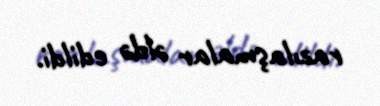
razılaşmalar əldə edildi.